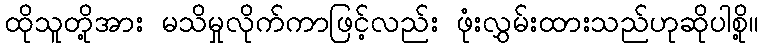
ထိုသူတို့အား မသိမှုလိုက်ကာဖြင့်လည်း ဖုံးလွှမ်းထားသည်ဟုဆိုပါစို့။